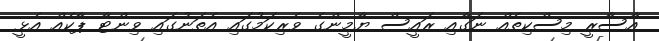
އާސާރީ މިސްކިތެއް ނަގާއި ރައީސް ޔާމީންގެ ވެރިކަމުގައި އެތަނުގައި ވިންޓާ ޕާކެއް އެޅީ